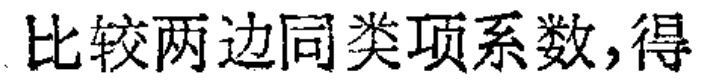
比较两边同类项系数,得